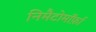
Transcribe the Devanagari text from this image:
निमैटोमॉर्फ़ा